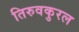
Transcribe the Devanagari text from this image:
तिरुवकुरल